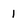
Character: i